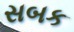
સબક